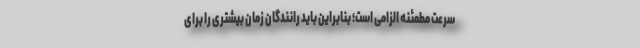
سرعت مطمئنه الزامی است؛ بنابراین باید رانندگان زمان بیشتری را برای